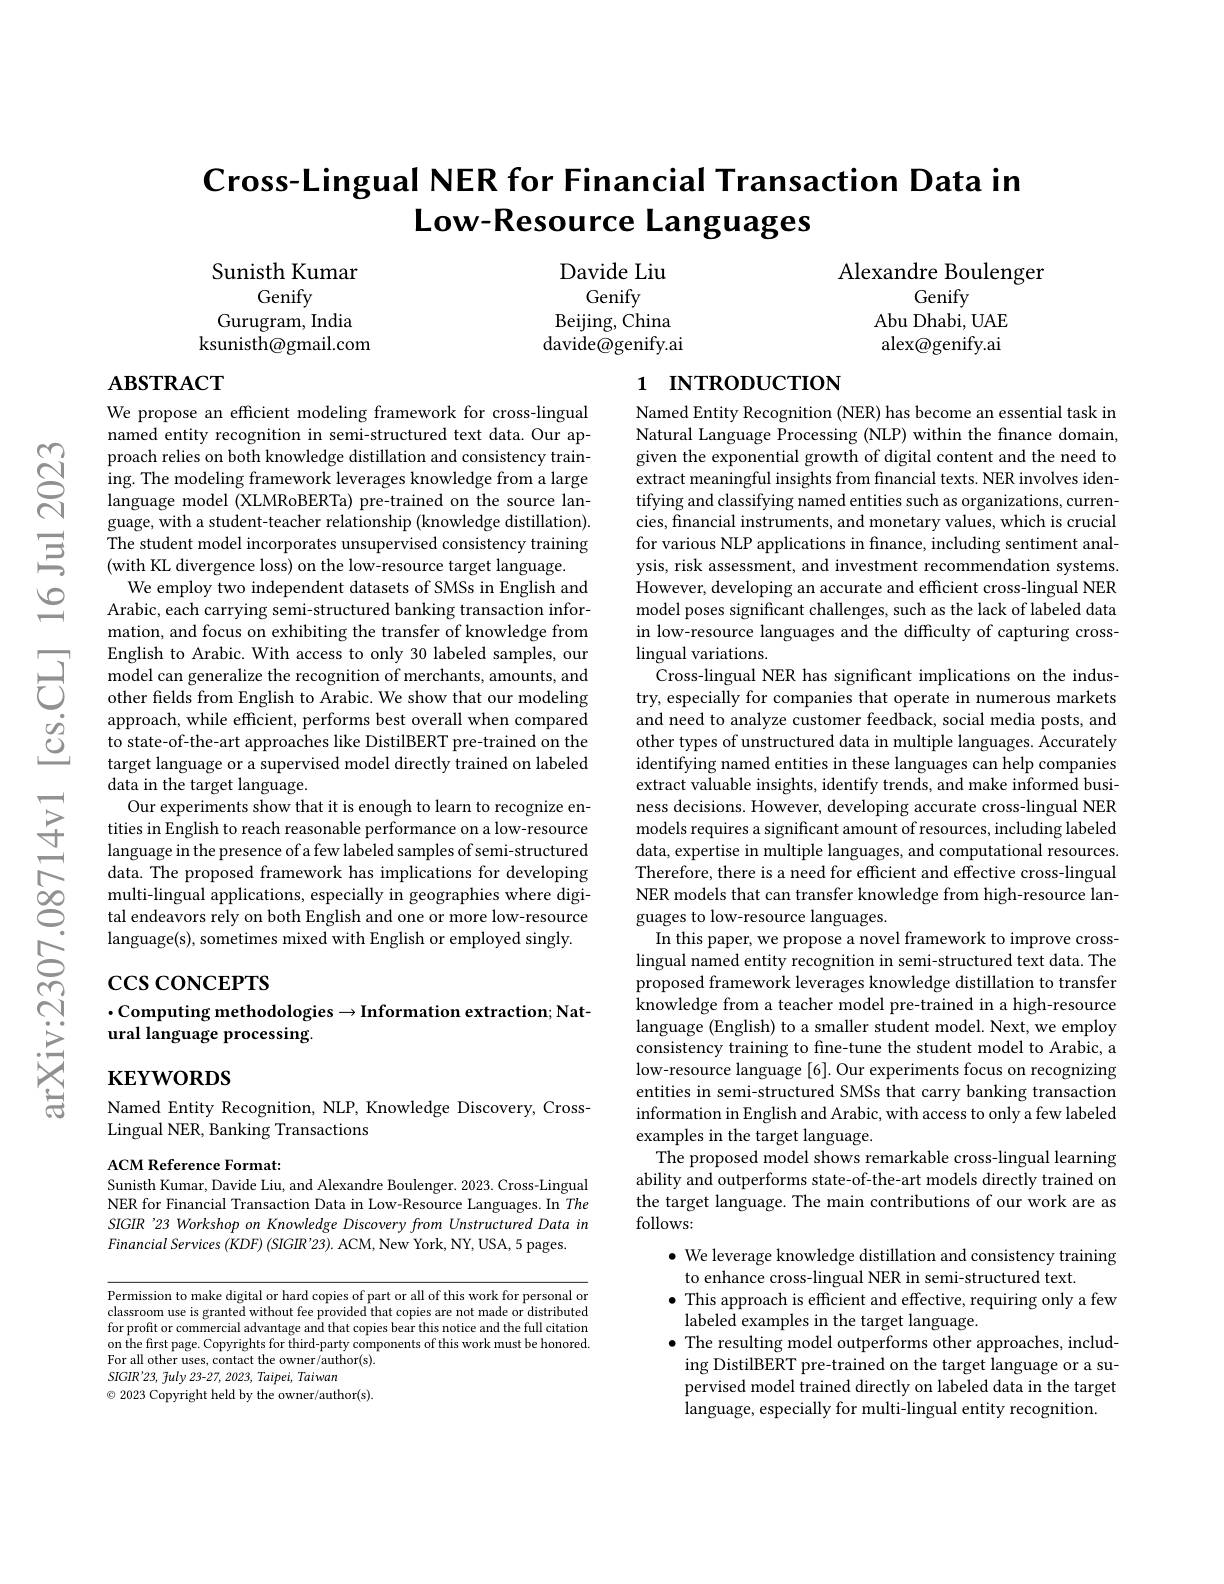
# Cross-Lingual NER for Financial Transaction Data in Low-Resource Languages

Sunisth Kumar
Genify
Gurugram, India ksunisth@gmail.com

Davide Liu
Genify
Beijing, China davide@genify.ai

Alexandre Boulenger
Genify
Abu Dhabi, UAE alex@genify.ai

## $\mathbf{ABSTRACT}$

# 1 INTRODUCTION

We propose an efficient modeling framework for cross-lingual named entity recognition in semi-structured text data. Our approach relies on both knowledge distillation and consistency training. The modeling framework leverages knowledge from a large language model (XLMRoBERTa) pre-trained on the source language, with a student-teacher relationship (knowledge distillation). The student model incorporates unsupervised consistency training (with KL divergence loss) on the low-resource target language.
We employ two independent datasets of SMSs in English and Arabic, each carrying semi-structured banking transaction information, and focus on exhibiting the transfer of knowledge from English to Arabic. With access to only 30 labeled samples, our model can generalize the recognition of merchants, amounts, and other fields from English to Arabic. We show that our modeling approach, while efficient, performs best overall when compared to state-of-the-art approaches like DistilBERT pre-trained on the target language or a supervised model directly trained on labeled ${\mathrm{data~in~the~target~language.}}$
Our experiments show that it is enough to learn to recognize entities in English to reach reasonable performance on a low-resource language in the presence of a few labeled samples of semi-structured data. The proposed framework has implications for developing multi-lingual applications, especially in geographies where digital endeavors rely on both English and one or more low-resource language(s), sometimes mixed with English or employed singly.

Named Entity Recognition (NER) has become an essential task in Natural Language Processing (NLP) within the fnance domain, given the exponential growth of digital content and the need to extract meaningful insights from fnancial texts. NER involves identifying and classifying named entities such as organizations, currencies, financial instruments, and monetary values, which is crucial for various NLP applications in finance, including sentiment analysis, risk assessment, and investment recommendation systems. However, developing an accurate and efficient cross-lingual NER model poses significant challenges, such as the lack of labeled data in low-resource languages and the difficulty of capturing crosslingual variations.
Cross-lingual NER has significant implications on the industry, especially for companies that operate in numerous markets and need to analyze customer feedback, social media posts, and other types of unstructured data in multiple languages. Accurately identifying named entities in these languages can help companies extract valuable insights, identify trends, and make informed business decisions. However, developing accurate cross-lingual NER models requires a significant amount of resources, including labeled data, expertise in multiple languages, and computational resources. Therefore, there is a need for efficient and effective cross-lingual NER models that can transfer knowledge from high-resource languages to low-resource languages.
In this paper, we propose a novel framework to improve crosslingual named entity recognition in semi-structured text data. The proposed framework leverages knowledge distillation to transfer knowledge from a teacher model pre-trained in a high-resource language (English) to a smaller student model. Next, we employ consistency training to fine-tune the student model to Arabic, a low-resource language [6]. Our experiments focus on recognizing entities in semi-structured SMSs that carry banking transaction information in English and Arabic, with access to only a few labeled examples in the target language.
The proposed model shows remarkable cross-lingual learning ability and outperforms state-of-the-art models directly trained on the target language. The main contributions of our work are as follows:
$\bullet$ We leverage knowledge distillation and consistency training

$\csc\cos$coNCEPTS

## $\cdot$Computing methodologies$\to$Information extraction; Natural language processing.

$\mathbf{KEYWORDS}$

Named Entity Recognition, NLP, Knowledge Discovery, Cross-
Lingual NER, Banking Transactions

ACM Reference Format:
Sunisth Kumar, Davide Liu, and Alexandre Boulenger. 2023. Cross-Lingual

NER for Financial Transaction Data in Low-Resource Languages. In The SIGIR '23 Workshop on Knowledge Discovery from Unstructured Data in $Financial\textit{ Services ( KDF) ( SIGIR' 23) . ACM, New York, NY, USA, 5 pages. }$

to enhance cross-lingual NER in semi-structured text.
$\bullet$ This approach is efficient and effective, requiring only a few
labeled examples in the target language.
$\bullet$ The resulting model outperforms other approaches, including DistilBERT pre-trained on the target language or a supervised model trained directly on labeled data in the target language, especially for multi-lingual entity recognition.

Permission to make digital or hard copies of part or all of this work for personal or classroom use is granted without fee provided that copies are not made or distributed for profit or commercial advantage and that copies bear this notice and the full citation on the first page. Copyrights for third-party components of this work must be honored. For all other uses, contact the owner/author(s).
$SIGIR^{\prime }23$, $\tilde{f} uly$ 23-27, 2023, $Taipei$, Taiwan
$\odot$ 2023 Copyright held by the owner/author(s).